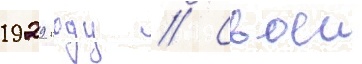
1929 году // Своеи